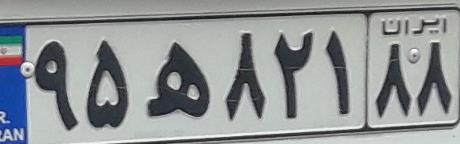
۹۵ه۸۲۱۸۸